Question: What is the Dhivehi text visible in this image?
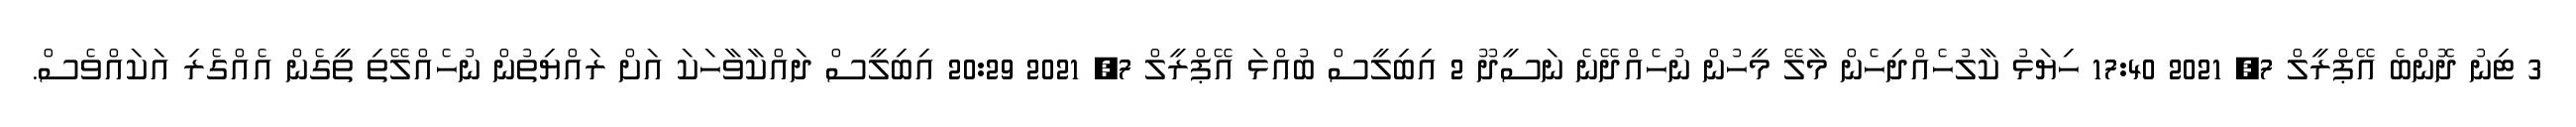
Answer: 3 ޓިނު ދޮންބެ އޭޕްރީލް 7, 2021 17:40 ހިޔަޅު ކާލުހެއްދިހެން މާލޭ މީހުން ނުހެއްދޭނެ ނަސީދޫ 2 އިބިލީސް ބުއްޅަ އޭޕްރީލް 7, 2021 20:29 އިބިލީސް ދައްކާވާހަކަ އަށް ރައްޔިތުން ނުހެއްލޭތި ތީގެން އެއްގެރި އަކައްވެސް.